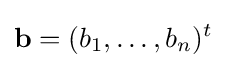
\mathbf {b} =(b_{1},\dots ,b_{n})^{t}